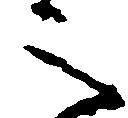
之